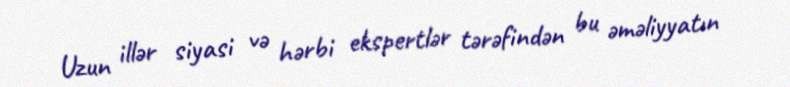
Uzun illər siyasi və hərbi ekspertlər tərəfindən bu əməliyyatın